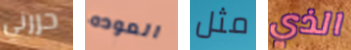
حررني العوده مثل الذي